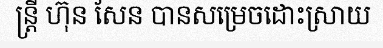
ន្ត្រី ហ៊ុន សែន បានសម្រេចដោះស្រាយ